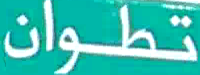
تطوان